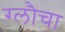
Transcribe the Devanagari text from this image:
ग्लौचा